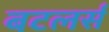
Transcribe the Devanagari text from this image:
बटलर्स